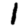
Digit: 1